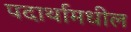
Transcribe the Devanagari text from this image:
पदार्थामधील